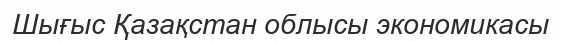
Шығыс Қазақстан облысы экономикасы